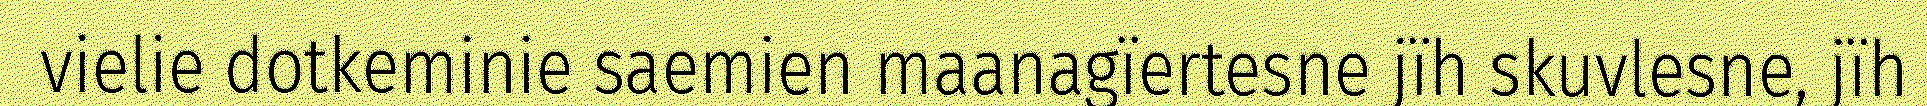
vielie dotkeminie saemien maanagïertesne jïh skuvlesne, jïh